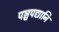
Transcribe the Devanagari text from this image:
पञ्चपद्यानि